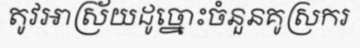
តូវអាស្រ័យដូច្នោះចំនួនគូស្រករ